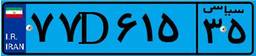
۱۶D۲۹۷۰۳